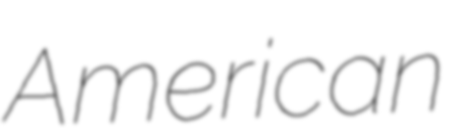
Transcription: American